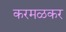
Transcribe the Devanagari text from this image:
करमळकर